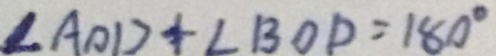
\angle A O D + \angle B O D = 1 8 0 ^ { \circ }